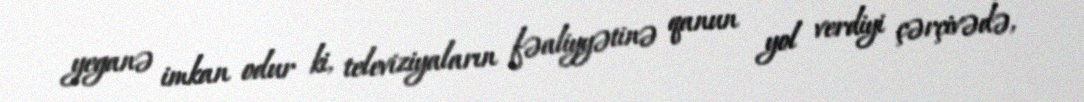
yeganə imkan odur ki, televiziyaların fəaliyyətinə qanun yol verdiyi çərçivədə,